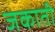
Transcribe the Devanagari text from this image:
जकाती